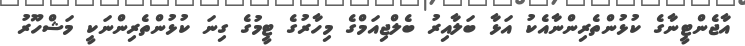
އާޖެންޓީނާގެ ކުޅުންތެރިންނާއެކު އަޅާ ބަލާއިރު ބެލްޖިއަމްގެ މިހާރުގެ ޓީމުގެ ގިނަ ކުޅުންތެރިންނަކީ މަޝްހޫރު